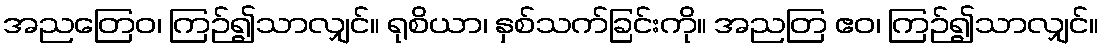
အညတြေဝ၊ ကြဉ်၍သာလျှင်။ ရုစိယာ၊ နှစ်သက်ခြင်းကို။ အညတြ ဧဝ၊ ကြဉ်၍သာလျှင်။